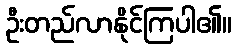
ဦးတည်လာနိုင်ကြပါ၏။